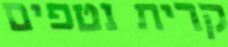
קרית נטפים